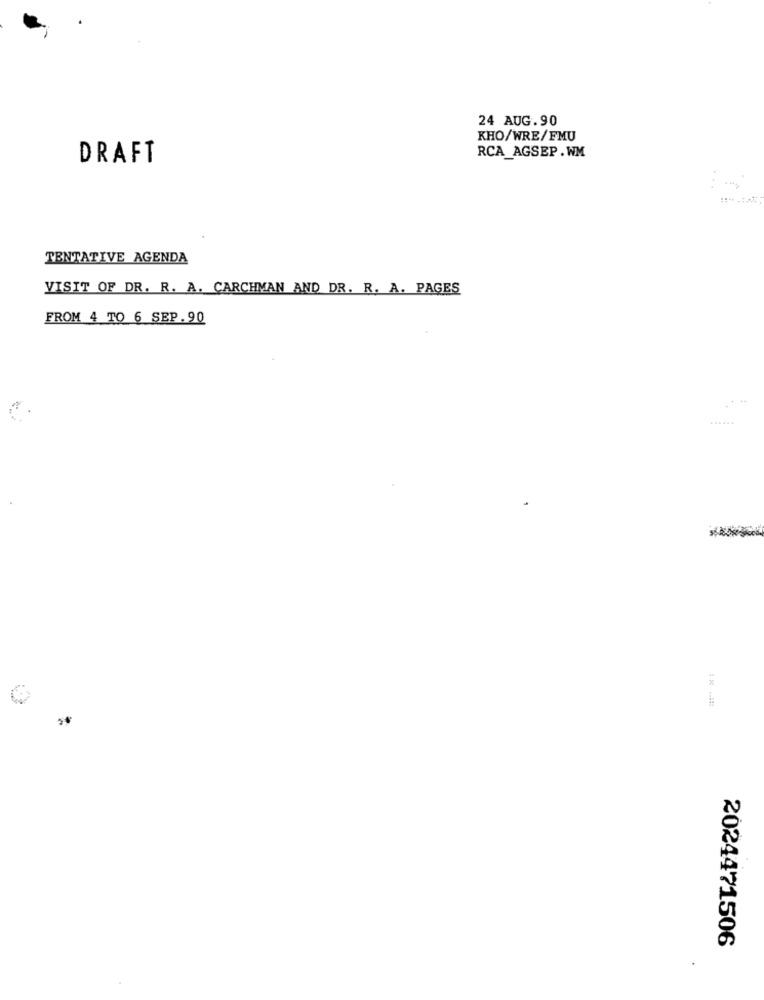
24 AUG.90
KHO/WRE/FMU
DRAFT
RCA_AGSEP.WM
TENTATIVE AGENDA
VISIT OF DR. R. A. CARCHMAN AND DR. R. A. PAGES
FROM 4 TO 6 SEP. 90
......
2024471506